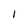
Character: I